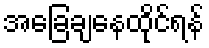
အခြေချနေထိုင်ရန်